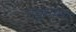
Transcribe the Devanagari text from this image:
गठ्ठ्यांना